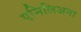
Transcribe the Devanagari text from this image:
एमिलिअना